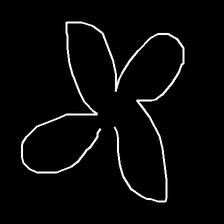
Glyph: billowing